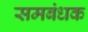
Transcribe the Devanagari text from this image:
समबंधक